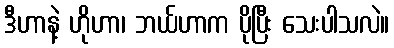
ဒီဟာနဲ့ ဟိုဟာ၊ ဘယ်ဟာက ပိုပြီး သေးပါသလဲ။